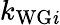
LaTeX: k_{\mathrm{WG\mathit{i}}}